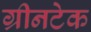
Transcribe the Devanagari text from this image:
ग्रीनटेक